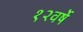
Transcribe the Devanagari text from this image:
१२वर्षे